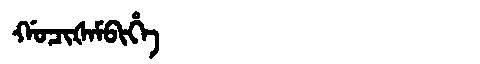
Manchu: ᡤᠣᠴᡳᡧᠠᠮᠪᡳᡥᡝ
Romanization: GOCIŠAMBIHE